Observations on the prevention of leprosy by segregation
Disease focus: Leprosy
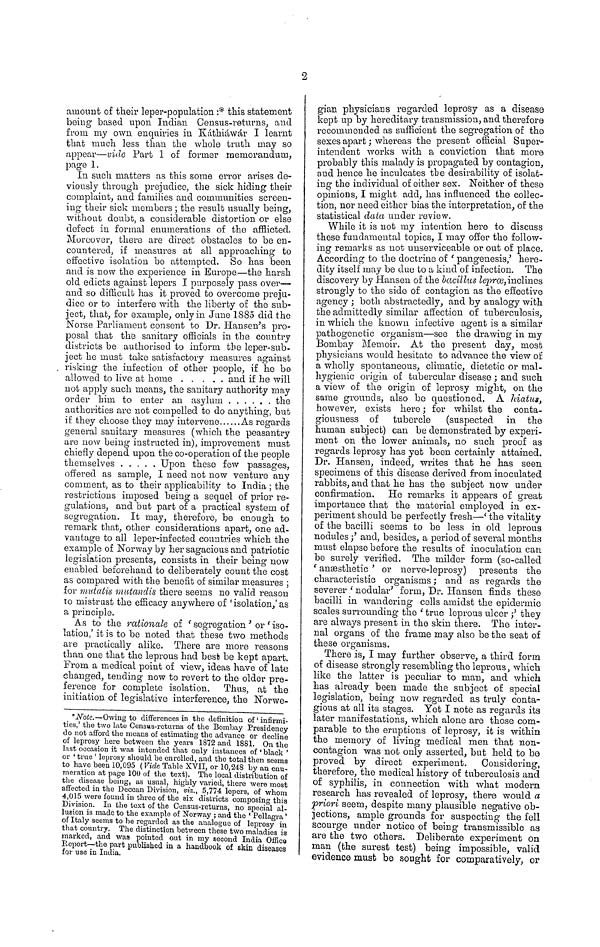
2
amount of their leper-population :* this statement
being based upon Indian Census-returns, and
from my own enquiries in Káthiáwár I learnt
that much less than the whole truth may so
appear—vide Part 1 of former memorandum,
page 1.
In such matters as this some error arises de-
viously through prejudice, the sick hiding their
complaint, and families and communities screen-
ing their sick members ; the result usually being,
without doubt, a considerable distortion or else
defect in formal enumerations of the afflicted.
Moreover, there are direct obstacles to be en-
countered, if measures at all approaching to
effective isolation be attempted. So has been
and is now the experience in Europe—the harsh
old edicts against lepers I purposely pass over—
and so difficult has it proved to overcome preju-
dice or to interfere with the liberty of the sub-
ject, that, for example, only in June 1885 did the
Norse Parliament consent to Dr. Hansen's pro-
posal that the sanitary officials in the country
districts be authorised to inform the leper-sub-
ject he must take satisfactory measures against
. risking the infection of other people, if he be
allowed to live at home
and if he will
not apply such means, the sanitary authority may
order him to enter an asylum
the
authorities are not compelled to do anything, but
if they choose they may intervene
As regards
general sanitary measures (which the peasantry
are now being instructed in), improvement must
chiefly depend upon the co-operation of the people
themselves
Upon these few passages,
offered as sample, I need not now venture any
comment, as to their applicability to India ; the
restrictions imposed being a sequel of prior re-
gulations, and but part of a practical system of
segregation. It may, therefore, be enough to
remark that, other considerations apart, one ad-
vantage to all leper-infected countries which the
example of Norway by her sagacious and patriotic
legislation presents, consists in their being now
enabled beforehand to deliberately count the cost
as compared with the benefit of similar measures ;
for mutatis mutandis there seems no valid reason
to mistrust the efficacy anywhere of ' isolation,' as
a principle.
As to the rationale of ' segregation ' or ' iso-
lation,' it is to be noted that these two methods
are practically alike. There are more reasons
than one that the leprous had best be kept apart.
From a medical point of view, ideas have of late
changed, tending now to revert to the older pre-
ference for complete isolation. Thus, at the
initiation of legislative interference, the Norwe-
*Note.—Owing to differences in the definition of ' infirmi-
ties,' the two late Census-returns of the Bombay Presidency
do not afford the means of estimating the advance or decline
of leprosy here between the years 1872 and 1881. On the
last occasion it was intended that only instances of ' black '
or ' true ' leprosy should be enrolled, and the total then seems
to have been 10,095 ( Vide Table XVII, or 10,248 by au enu-
meration at page 100 of the text). The local distribution of
the disease being, as usual, highly varied, there were most
affected in the Deccan Division, viz., 5,774 lepers, of whom
4,015 were found in three of the six districts composing this
Division. In the text of the Census-returns, no special al-
lusion is made to the example of Norway ; and the ' Pellagra '
of Italy seems to be regarded as the analogue of leprosy in
that country. The distinction between these two maladies is
marked, and was pointed out in my second India Office
Report—the part published in a handbook of skin diseases
for use in India.
gian physicians regarded leprosy as a disease
kept up by hereditary transmission, and therefore
recommended as sufficient the segregation of the
sexes apart ; whereas the present official Super-
intendent works with a conviction that more
probably this malady is propagated by contagion,
and hence he inculcates the desirability of isolat-
ing the individual of either sex. Neither of these
opinions, I might add, has influenced the collec-
tion, nor need either bias the interpretation, of the
statistical data under review.
While it is not my intention here to discuss
these fundamental topics, I may offer the follow-
ing remark s as not unserviceable or out of place.
According to the doctrine of ' pangenesis,' here-
dity itself may be due to a kind of infection. The
discovery by Hansen of the bacillus leprœ, inclines
strongly to the side of contagion as the effective
agency ; both abstractedly, and by analogy with
the admittedly similar affection of tuberculosis,
in which the known infective agent is a similar
pathogene tic organism—see the drawing in my
Bombay Memoir. At the present day, most
physicians would hesitate to advance the view of
a wholly spontaneous, climatic, dietetic or mal-
hygienic origin of tubercular disease ; and such
a view of the origin of leprosy might, on the
same grounds, also be questioned. A hiatus,
however, exists here ; for whilst the conta-
giousness of tubercle (suspected in the
human subject) can be demonstrated by experi-
ment on the lower animals, no such proof as
regards leprosy has yet been certainly attained.
Dr. Hansen, indeed, writes that he has seen
specimens of this disease derived from inoculated
rabbits, and that he has the subject now under
confirmation. He remarks it appears of great
importance that the material employed in ex-
periment should be perfectly fresh—' the vitality
of the bacilli seems to be less in old leprous
nodules;' and, besides, a period of several months
must elapse before the results of inoculation can
be surely verified. The milder form (so-called
' ansesthetic ' or nerve-leprosy) presents the
characteristic organisms ; and as regards the
severer ' nodular' form, Dr. Hansen finds these
bacilli in wandering cells amidst the epidermic
scales surrounding the ' true leprous ulcer ;' they
are always present in the skin there. The inter-
nal organs of the frame may also be the seat of
these organisms.
There is, I may further observe, a third form
of disease strongly resembling the leprous, which
like the latter is peculiar to man, and which
has already been made the subject of special
legislation, being now regarded as truly conta-
gious at all its stages. Yet I note as regards its
later manifestations, which alone are those com-
parable to the eruptions of leprosy, it is within
the memory of living medical men that non-
contagion was not only asserted, but held to bo
proved by direct experiment. Considering,
therefore, the medical history of tuberculosis and
of syphilis, in connection with what modern
research has revealed of leprosy, there would a
priori seem, despite many plausible negative ob-
jections, ample grounds for suspecting the fell
scourge under notice of being transmissible as
are the two others. Deliberate experiment on
man (the surest test) being impossible, valid
evidence must be sought for comparatively, or